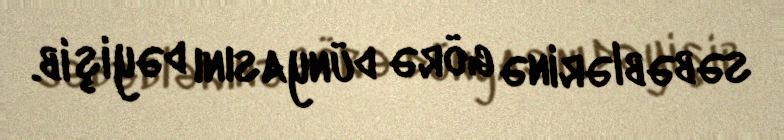
səbəblərinə görə dünyasını dəyişib.